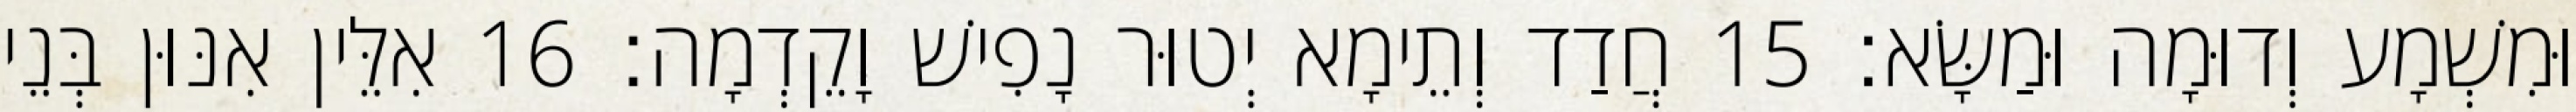
וּמִשְׁמָע וְדוּמָה וּמַשָּׂא׃ 15 חֲדַד וְתֵימָא יְטוּר נָפִישׁ וָקֵדְמָה׃ 16 אִלֵּין אִנּוּן בְּנֵי